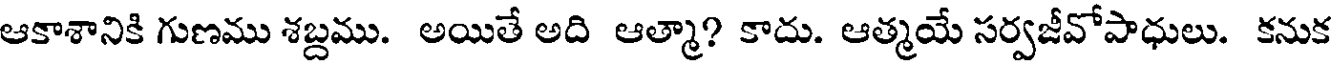
ఆకాశానికి గుణము శబ్దము. అయితే అది ఆత్మా? కాదు. ఆత్మయే సర్వజీవోపాధులు. కనుక